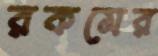
রকমের